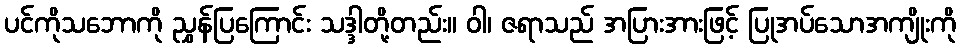
ပင်ကိုသဘောကို ညွှန်ပြကြောင်း သဒ္ဒါတို့တည်း။ ဝါ၊ ဇရာသည် အပြားအားဖြင့် ပြုအပ်သောအကျိုးကို